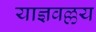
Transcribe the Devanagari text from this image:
याज्ञवल्लय